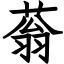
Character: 蓊